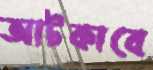
আটকাবে